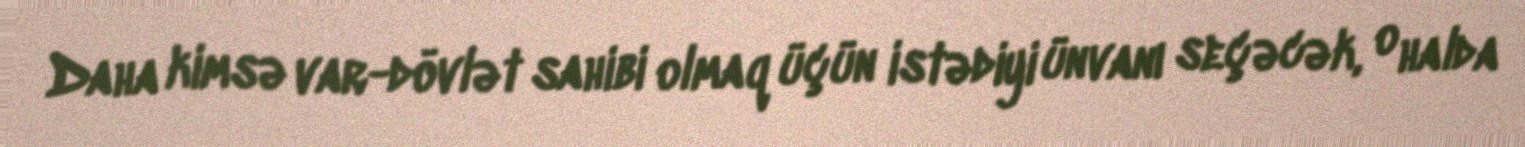
Daha kimsə var-dövlət sahibi olmaq üçün istədiyi ünvanı seçəcək, o halda